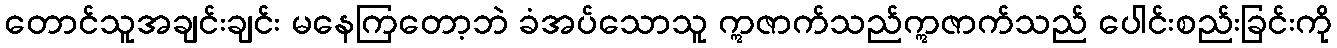
တောင်သူအချင်းချင်း မနေကြတော့ဘဲ ခံအပ်သောသူ ဣဇာက်သည်ဣဇာက်သည် ပေါင်းစည်းခြင်းကို